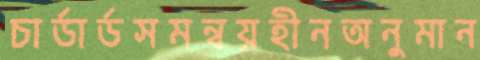
চার্ডার্ডসমন্বয়হীনঅনুমান